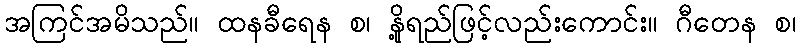
အကြင်အမိသည်။ ထနခီရေန စ၊ နို့ရည်ဖြင့်လည်းကောင်း။ ဂီတေန စ၊